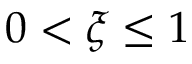
0 < \xi \le 1